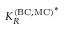
{ K _ { R } ^ { \mathrm { ( B C , M C ) } } } ^ { * }